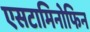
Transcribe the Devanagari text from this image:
एसटामिनोफिन